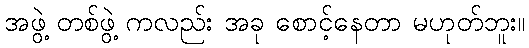
အဖွဲ့ တစ်ဖွဲ့ ကလည်း အခု စောင့်နေတာ မဟုတ်ဘူး။